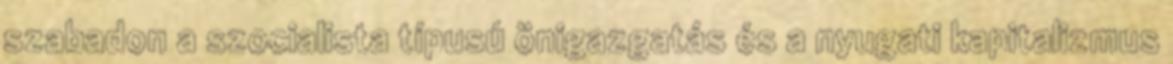
szabadon a szocialista típusú önigazgatás és a nyugati kapitalizmus